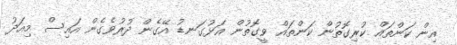
އިން ކަންތައް ކުރިގޮތުން ކަންތައް ވީގޮތުން އަޅުގަނޑު އޭގެން ދުރުވެގެން އައިސް މިއަދު